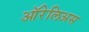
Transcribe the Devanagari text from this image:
ऑरेलिअस